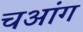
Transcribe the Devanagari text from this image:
चआंग